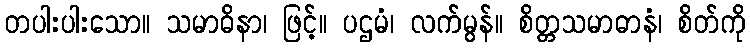
တပါးပါးသော။ သမာဓိနာ၊ ဖြင့်။ ပဌမံ၊ လက်မွန်။ စိတ္တသမာဓာနံ၊ စိတ်ကို